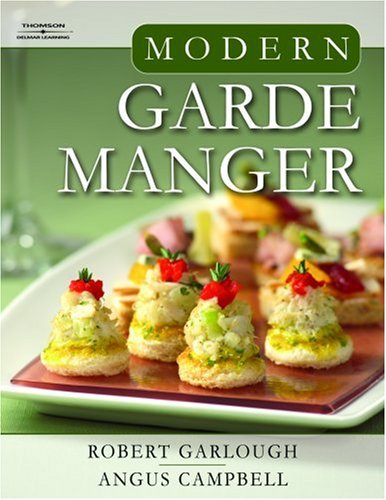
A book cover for Modern Garde Manger; Robert B Garlough; Cookbooks, Food & Wine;